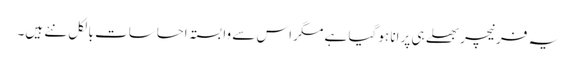
یہ فرنیچر بھلے ہی پرانا ہو گیا ہے مگر اس سے وابستہ احساسات بالکل نئے ہیں۔